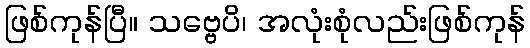
ဖြစ်ကုန်ပြီ။ သဗ္ဗေပိ၊ အလုံးစုံလည်းဖြစ်ကုန်